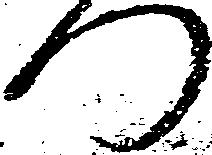
つ